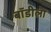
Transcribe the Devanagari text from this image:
बॉडीला